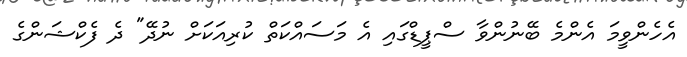
އެހެންވީމަ އެންމެ ބޭނުންވާ ސްޕީޑްގައި އެ މަސައްކަތް ކުރިއަކަށް ނުދޭ" ދެ ފެކްޝަންގެ